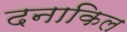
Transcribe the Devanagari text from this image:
दनाकिल